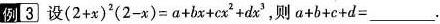
例3 设$$(2+x)^{2}(2-x)=a+bx+cx^{2}+dx^{3}$$,则$$a+b+c+d=___$$.